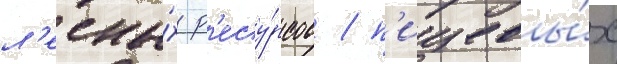
л'есны́х р'есу́рсов / п'ищевы́х